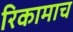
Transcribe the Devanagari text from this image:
रिकामाच